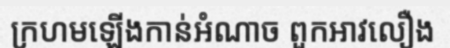
ក្រហមឡើងកាន់អំណាច ពួកអាវលឿង